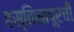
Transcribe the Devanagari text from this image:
हस्तिनापूरची